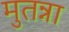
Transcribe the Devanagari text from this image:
मुतन्ना